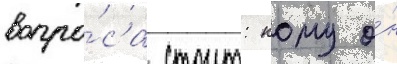
вопро́са стоит: кому о́н